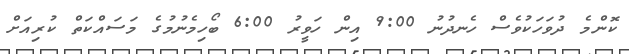
ކޮންމެ ދުވަހަކުވެސް ހެނދުނު 9:00 އިން ހަވީރު 6:00 ބޯހިމެނުމުގެ މަސައްކަތް ކުރިއަށް